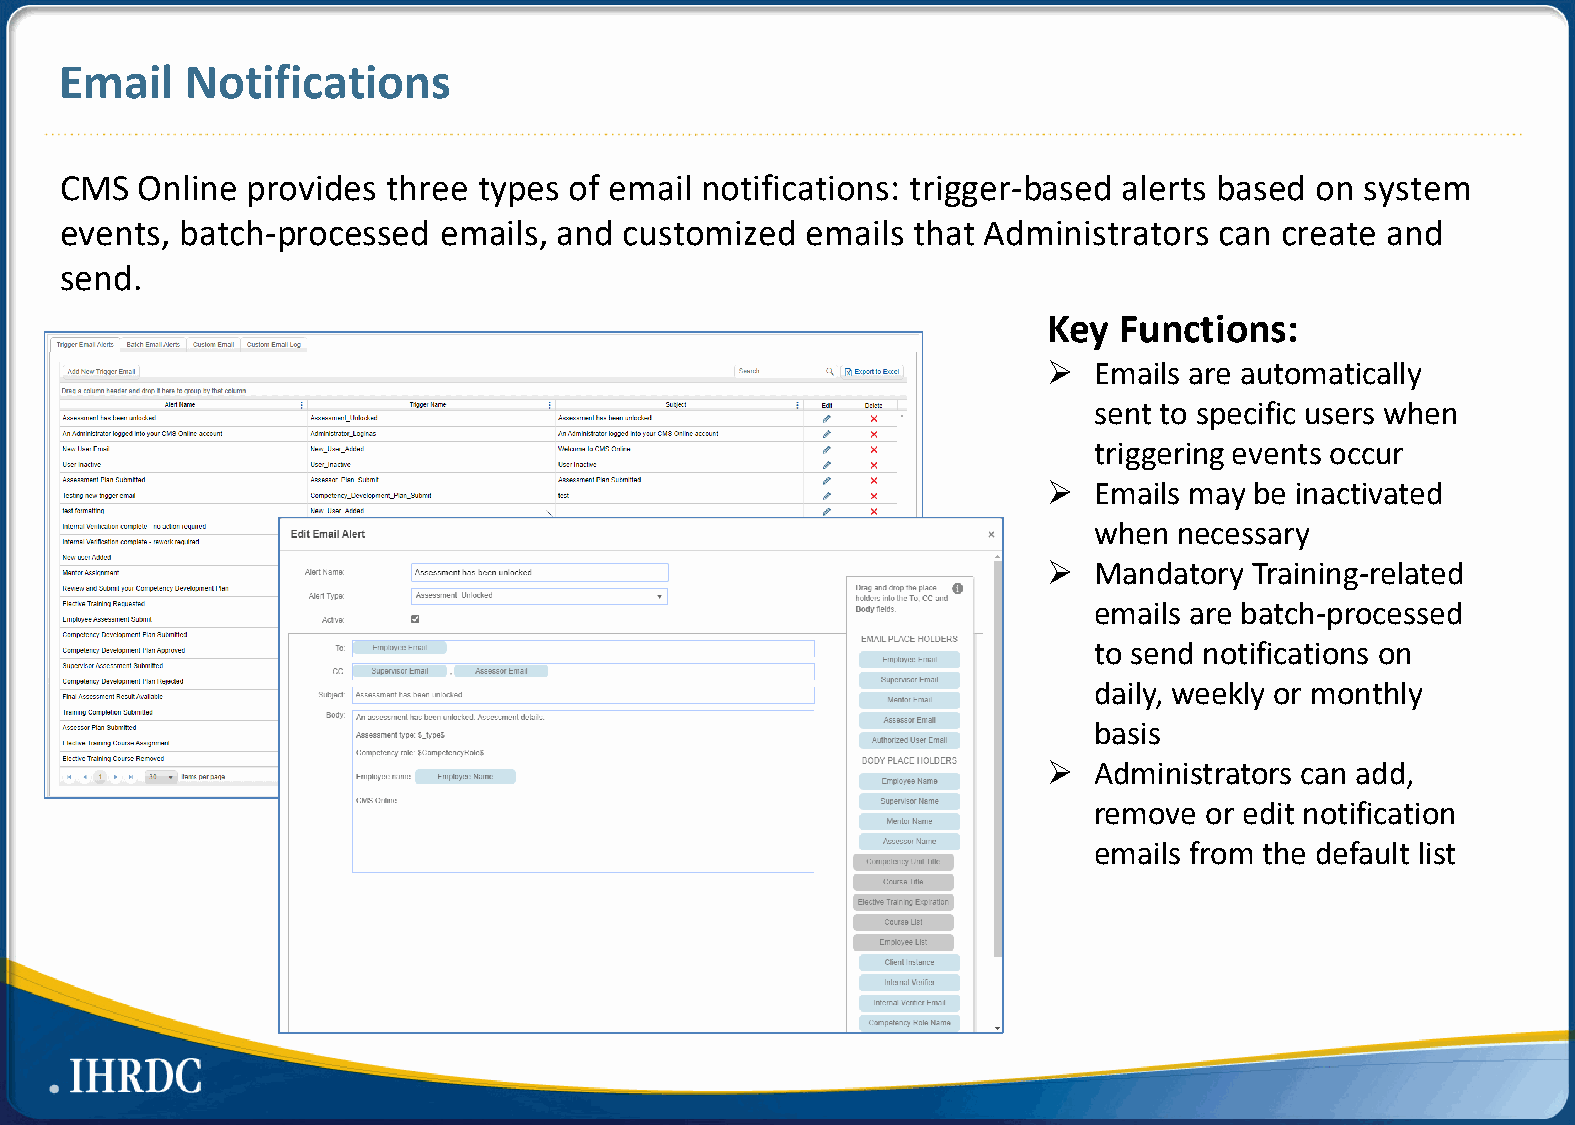
Email   Notifications
 CMS  Online provides  three types of email notifications: trigger-based alerts based on system
 events, batch-processed  emails, and customized  emails that Administrators  can create and
 send.
 Key  Functions:
   Emails are automatically
 sent to specific users when
 triggering events occur
   Emails may be inactivated
 when  necessary
   Mandatory  Training-related
 emails are batch-processed
 to send notifications on
 daily, weekly or monthly
 basis
   Administrators can add,
 remove  or edit notification
 emails from the default list